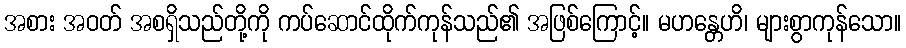
အစား အဝတ် အစရှိသည်တို့ကို ကပ်ဆောင်ထိုက်ကုန်သည်၏ အဖြစ်ကြောင့်။ မဟန္တေဟိ၊ များစွာကုန်သော။